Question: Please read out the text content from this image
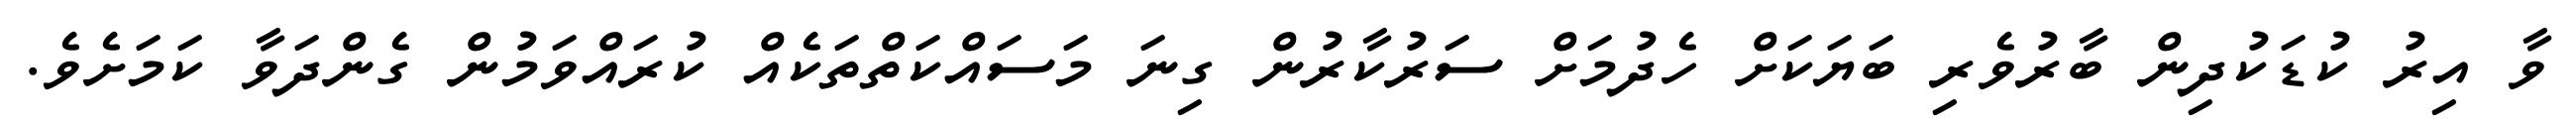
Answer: ވާ އިރު ކުޑަކުދިން ބާރުވެރި ބަޔަކަށް ހެދުމަށް ސަރުކާރުން ގިނަ މަސައްކަތްތަކެއް ކުރައްވަމުން ގެންދަވާ ކަމަށެވެ.